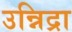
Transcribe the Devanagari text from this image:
उन्निद्रा